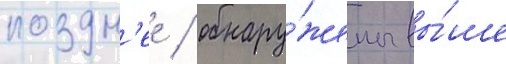
поздн'ее / обнару́жены вы́ше